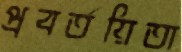
প্রবর্তয়িতা